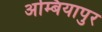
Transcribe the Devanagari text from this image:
अम्बियापुर